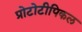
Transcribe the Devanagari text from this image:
प्रोटोटीपिकल